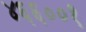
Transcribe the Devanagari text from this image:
४६६००१